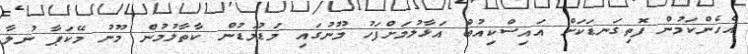
އެހެންކަމުން ފޮތިގަނޑަކަށް އައިސްކިއުބް އަޅާލުމަށްފަހު މޫނުގައި މަޑުމަޑުން ކާތާލުމުން މޫނު މޭކަޕާ ނުލާ